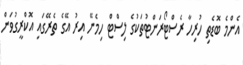
އެންމެ ބޮޑެތި ހުރިހާ ރެސްޓޯރަންޓުތަކުގެ ލިސްޓް ހިމެނޭ އިރު އޭގެ ތެރޭގައި އޮކްރީގުވަން